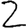
Digit: 2